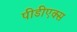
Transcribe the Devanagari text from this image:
पीडीएक्स